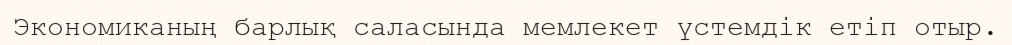
Экономиканың барлық саласында мемлекет үстемдік етіп отыр.